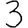
Digit: 3